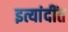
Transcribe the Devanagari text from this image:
इत्यांदींत